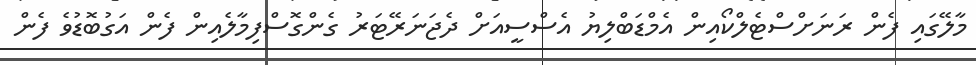
މާލޭގައި ފެން ރަނަށްސްޓެލްކޯއިން އެމްޑަބްލިޔު އެސްސީއަށް ދެޖަނަރޭޓަރު ގެންގޮސްފިމާލެއިން ފެން އަގުބޮޑުވެ ފެން